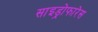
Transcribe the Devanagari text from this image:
साइड्रोफारेस